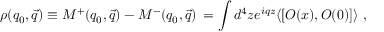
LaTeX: \rho ( q _ { 0 } , \vec { q } ) \equiv M ^ { + } ( q _ { 0 } , \vec { q } ) - M ^ { - } ( q _ { 0 } , \vec { q } ) \nonumber \, = \int d ^ { 4 } z e ^ { i q z } \langle [ O ( x ) , O ( 0 ) ] \rangle ~ ,